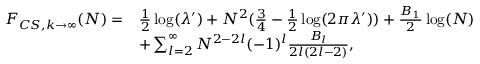
\begin{array} { r l } { F _ { C S , k \rightarrow \infty } ( N ) = } & { \frac { 1 } { 2 } \log ( \lambda ^ { \prime } ) + N ^ { 2 } ( \frac { 3 } { 4 } - \frac { 1 } { 2 } \log ( 2 \pi \lambda ^ { \prime } ) ) + \frac { B _ { 1 } } { 2 } \log ( N ) } \\ & { + \sum _ { l = 2 } ^ { \infty } N ^ { 2 - 2 l } ( - 1 ) ^ { l } \frac { B _ { l } } { 2 l ( 2 l - 2 ) } , } \end{array}